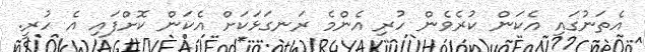
އެތަނުގައި އެކަން ކުރެވެން ހުރި އެންމެ ރަނގަޅަކަށް އެކަން ކޮށްފައި އެ ހުރީ.